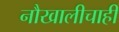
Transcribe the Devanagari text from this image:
नौखालीचाही